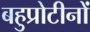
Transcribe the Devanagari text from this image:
बहुप्रोटीनों